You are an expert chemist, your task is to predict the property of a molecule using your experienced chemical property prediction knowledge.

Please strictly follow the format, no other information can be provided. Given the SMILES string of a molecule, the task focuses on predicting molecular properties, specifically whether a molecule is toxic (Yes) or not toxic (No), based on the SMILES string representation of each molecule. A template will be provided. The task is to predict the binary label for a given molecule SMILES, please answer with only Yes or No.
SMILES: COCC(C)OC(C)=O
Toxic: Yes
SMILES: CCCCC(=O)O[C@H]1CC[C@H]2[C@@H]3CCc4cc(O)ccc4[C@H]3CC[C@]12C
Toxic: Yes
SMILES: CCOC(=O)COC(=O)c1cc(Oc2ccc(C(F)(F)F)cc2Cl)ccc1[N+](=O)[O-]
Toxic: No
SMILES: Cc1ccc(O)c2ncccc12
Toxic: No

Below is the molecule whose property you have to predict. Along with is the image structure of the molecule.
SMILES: Clc1cnc(Oc2ccc(Oc3ncc(Cl)cc3Cl)cc2)c(Cl)c1
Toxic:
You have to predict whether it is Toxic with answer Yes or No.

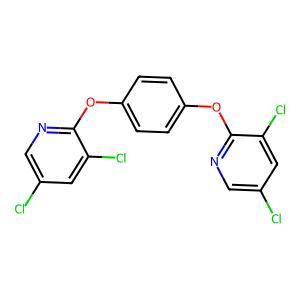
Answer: No